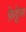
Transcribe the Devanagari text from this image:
फ़ेट्टेस